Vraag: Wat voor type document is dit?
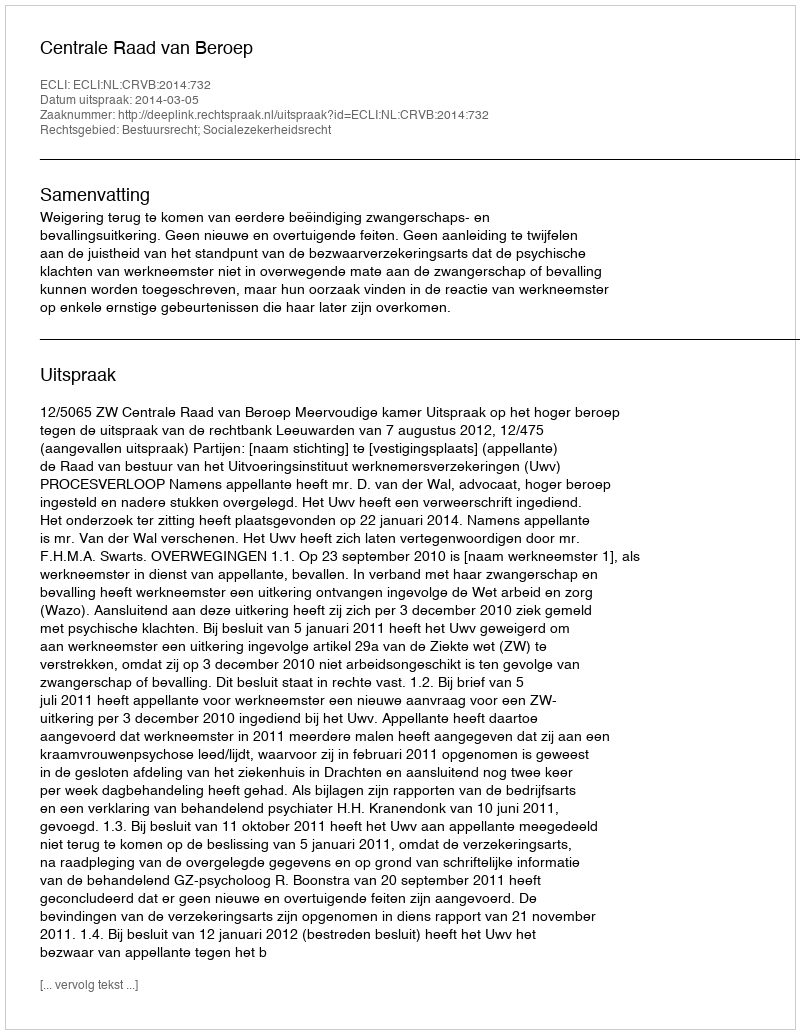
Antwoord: Uitspraak